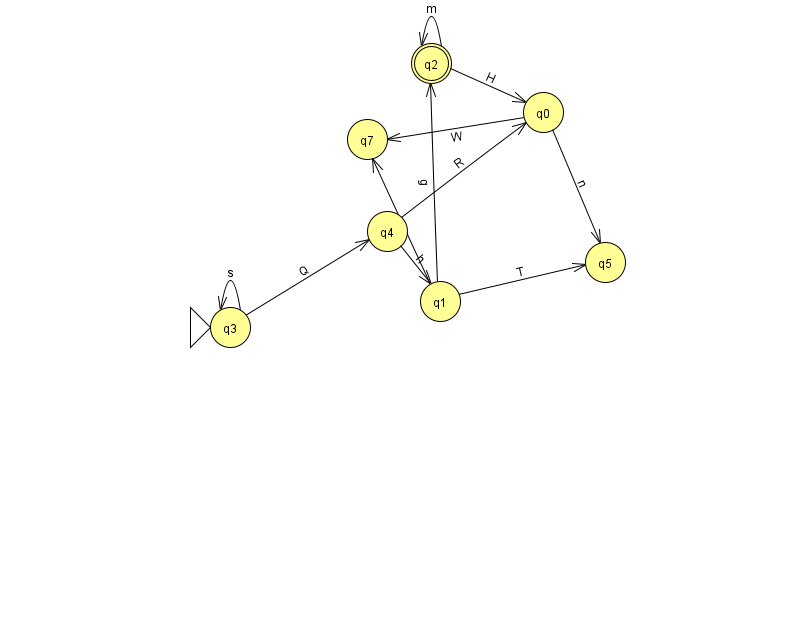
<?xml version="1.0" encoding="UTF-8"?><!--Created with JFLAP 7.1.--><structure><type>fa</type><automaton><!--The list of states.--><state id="0" name="q0"><x>543.0</x><y>99.0</y></state><state id="1" name="q1"><x>440.0</x><y>288.0</y></state><state id="2" name="q2"><x>431.0</x><y>50.0</y><final/></state><state id="3" name="q3"><x>230.0</x><y>314.0</y><initial/></state><state id="4" name="q4"><x>387.0</x><y>218.0</y></state><state id="5" name="q5"><x>605.0</x><y>249.0</y></state><state id="7" name="q7"><x>367.0</x><y>126.0</y></state><!--The list of transitions.--><transition><from>0</from><to>7</to><read>W</read></transition><transition><from>0</from><to>5</to><read>n</read></transition><transition><from>1</from><to>5</to><read>T</read></transition><transition><from>3</from><to>3</to><read>s</read></transition><transition><from>3</from><to>4</to><read>Q</read></transition><transition><from>1</from><to>7</to><read>f</read></transition><transition><from>1</from><to>2</to><read>g</read></transition><transition><from>2</from><to>2</to><read>m</read></transition><transition><from>2</from><to>0</to><read>H</read></transition><transition><from>4</from><to>0</to><read>R</read></transition><transition><from>4</from><to>1</to><read>h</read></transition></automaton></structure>